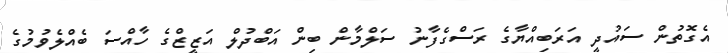
އެގޮތުން ސައުދީ އަރަބިއްޔާގެ ރަސްގެފާނު ސަލްމާން ބިން އަބްދުލް އަޒީޒްގެ ހާއްސަ ބެއްލެވުމުގެ